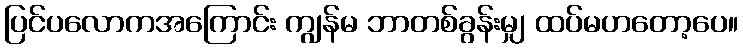
ပြင်ပလောကအကြောင်း ကျွန်မ ဘာတစ်ခွန်းမျှ ထပ်မဟတော့ပေ။